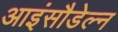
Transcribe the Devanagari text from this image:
आइंसौडेल्न